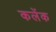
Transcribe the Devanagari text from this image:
कलेंक